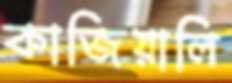
কাজিয়ালি